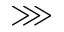
\ggg